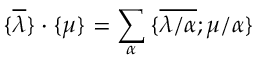
{ \{ } \overline { { { \lambda } } } { \} } \cdot { \{ } { \mu } { \} } = \sum _ { \alpha } { \{ } \overline { { { \lambda / \alpha } } } ; { \mu / \alpha } { \} }